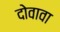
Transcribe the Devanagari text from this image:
दोवावा